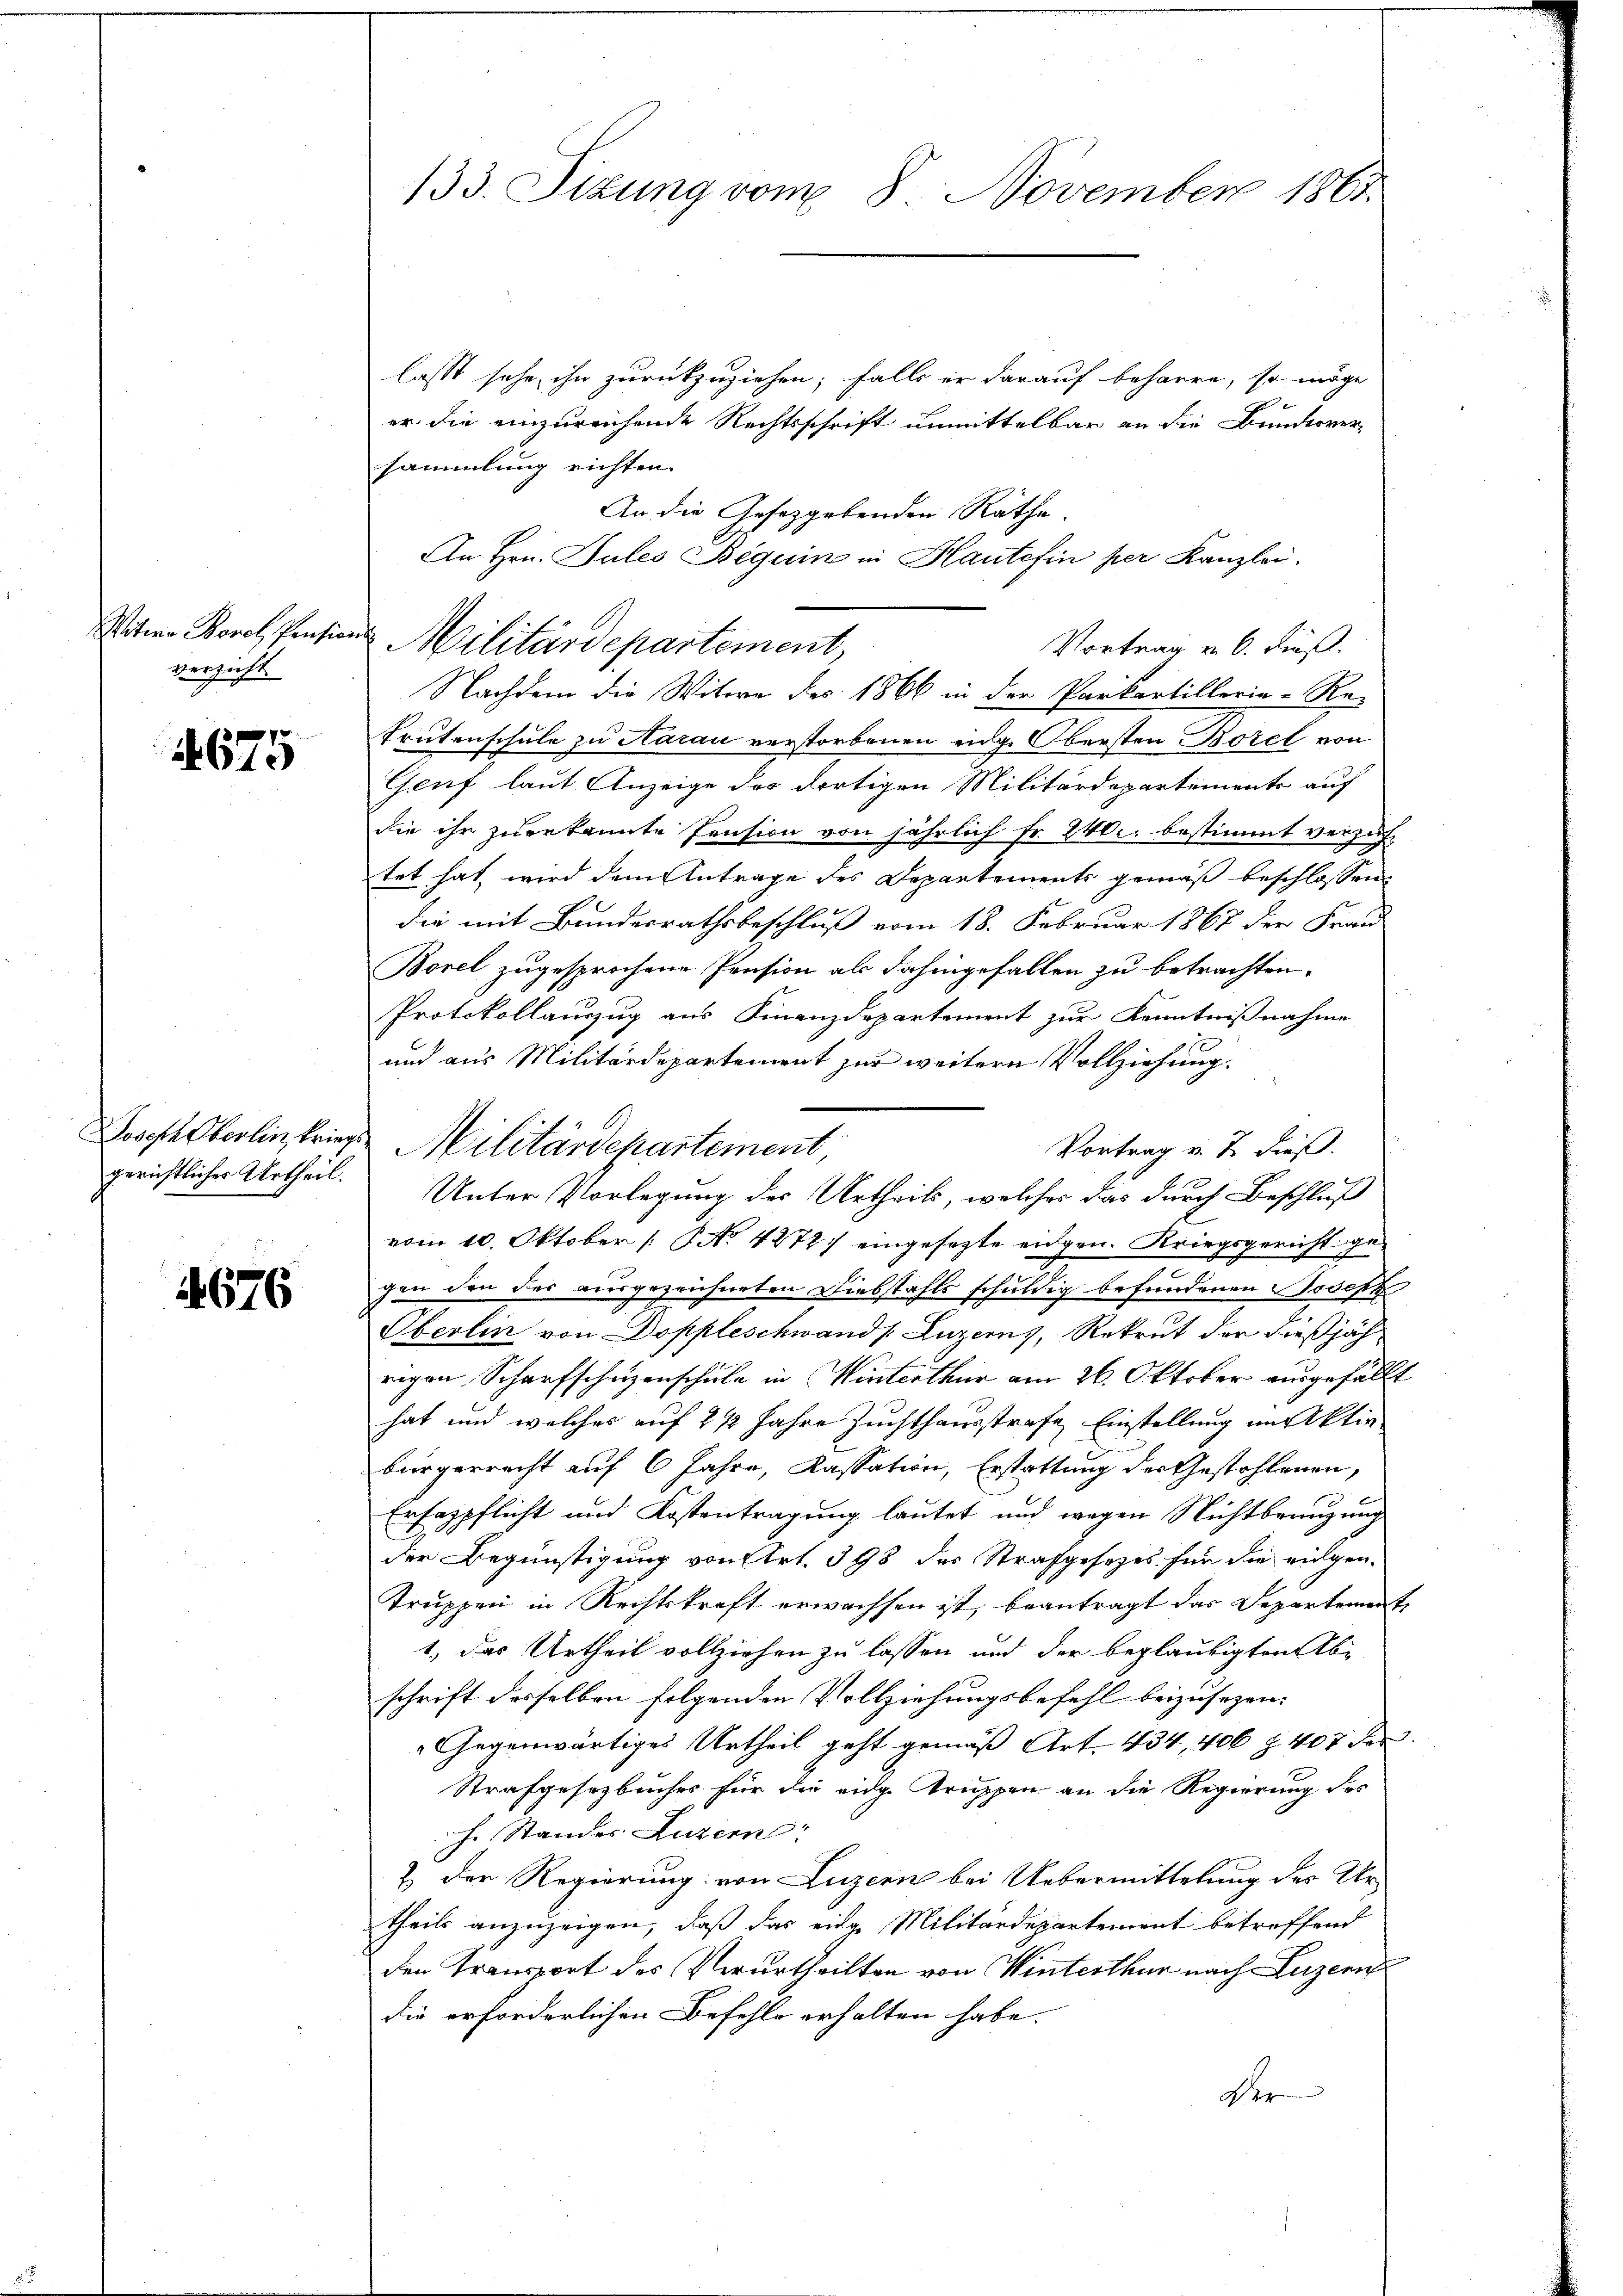
Vitia Borch Pension
verzicht.

4675

gerichtliches Urtheil.

676

133. Sizung vom 8. November 1861

lasst sehe ihn zurückzuziehen; falls er darauf beharre, so möge
er die einzureichende Rechtsschrift unmittelbar an die Bundesver-
sammlung richten.
An die Gesetzgebenden Räthe
An Hrn. Jules Beguin in Haute fin per Kanzlei.
Vortrag u. 6. dieß.
Nachdem die Witwe des 1866 in der Parkartillerie-Re-
Trutenschule zu Aarau verstorbenen eidg. Obersten Borel von
Genf laut Anzeige des dortigen Militärdepartements auf
die ihr zuerkannte Pension von jährlich Fr. 240. bestimmt verzuf-
tet hat, wird dem Antrage des Departements gemäß beschlossen
die mit Bundesrathsbeschluß vom 18. Februar 1867 der Frau
Borel zugesprochene Pension als dahingefallen zu betrachten.
Protokollauszug aus Finanzdepartement zur Kenntnißnahme
und aus Militärdepartement zur weitern Vollziehung.
Vortrag v. J. dieß.
Unter Vorlegung des Urtheils, welcher das durch Beschluß
vom 10. Oktober [No 4272) eingesezte eidgen. Kriegsgericht gegen den der ausgezeichneten Diebstahls schuldig befundenen Joseph
Oberlin von Doppleschwand (Luzerns, Rekrut der dießjährigen Scharfschuzenschule in Winterthur am 26. Oktober angefällt
hat und welches auf 2 ½ Jahre Zuchthausstrafe Einstellung im Aktiv-
bürgerrecht auf 6 Jahre, Kassation, Erstattung der Gestohlenen,
e
Erfespflicht und Kostentragung lautet und wegen Nichtbranzung
der Begünstigung von Art. 398 des Strafgesetzes für die rigen.
Truppen in Rechtskraft erwachsen ist, beantragt das Departement
1, das Urtheil vollziehen zu lassen und der beglaubigten Abe
schrift desselben folgenden Vollziehungsbefehl beizusezen.
Gegenwärtiges Urtheil geht gemäß Art. 434, 406 § 407 der
Strafgesetzbuches für die eidg Truppen an die Regierung des
h. Standes Luzern
& der Regierung von Luzern bei Uebermittelung des Ur-
theils anzuzeigen, daß das eine Militärdepartement betreffend
den Transport des Verurtheilten von Winterthur nach Luzern
die erforderlichen Befehle erhalten habe.
der

Militärdepartement,

Joseph Oberlin kriegen Militärdepartement